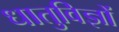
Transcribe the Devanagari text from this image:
धातुविज्ञों